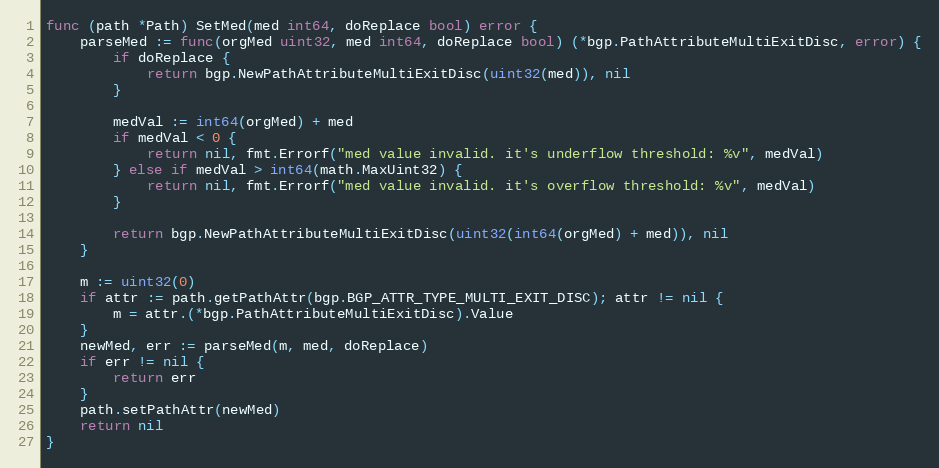
Language: Go
func (path *Path) SetMed(med int64, doReplace bool) error {
	parseMed := func(orgMed uint32, med int64, doReplace bool) (*bgp.PathAttributeMultiExitDisc, error) {
		if doReplace {
			return bgp.NewPathAttributeMultiExitDisc(uint32(med)), nil
		}

		medVal := int64(orgMed) + med
		if medVal < 0 {
			return nil, fmt.Errorf("med value invalid. it's underflow threshold: %v", medVal)
		} else if medVal > int64(math.MaxUint32) {
			return nil, fmt.Errorf("med value invalid. it's overflow threshold: %v", medVal)
		}

		return bgp.NewPathAttributeMultiExitDisc(uint32(int64(orgMed) + med)), nil
	}

	m := uint32(0)
	if attr := path.getPathAttr(bgp.BGP_ATTR_TYPE_MULTI_EXIT_DISC); attr != nil {
		m = attr.(*bgp.PathAttributeMultiExitDisc).Value
	}
	newMed, err := parseMed(m, med, doReplace)
	if err != nil {
		return err
	}
	path.setPathAttr(newMed)
	return nil
}